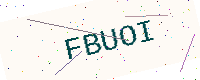
Text: FBUOI